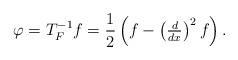
LaTeX: \begin{align*}\varphi=T_{F}^{-1}f=\frac{1}{2}\left(f-\left(\tfrac{d}{dx}\right)^{2}f\right).\end{align*}